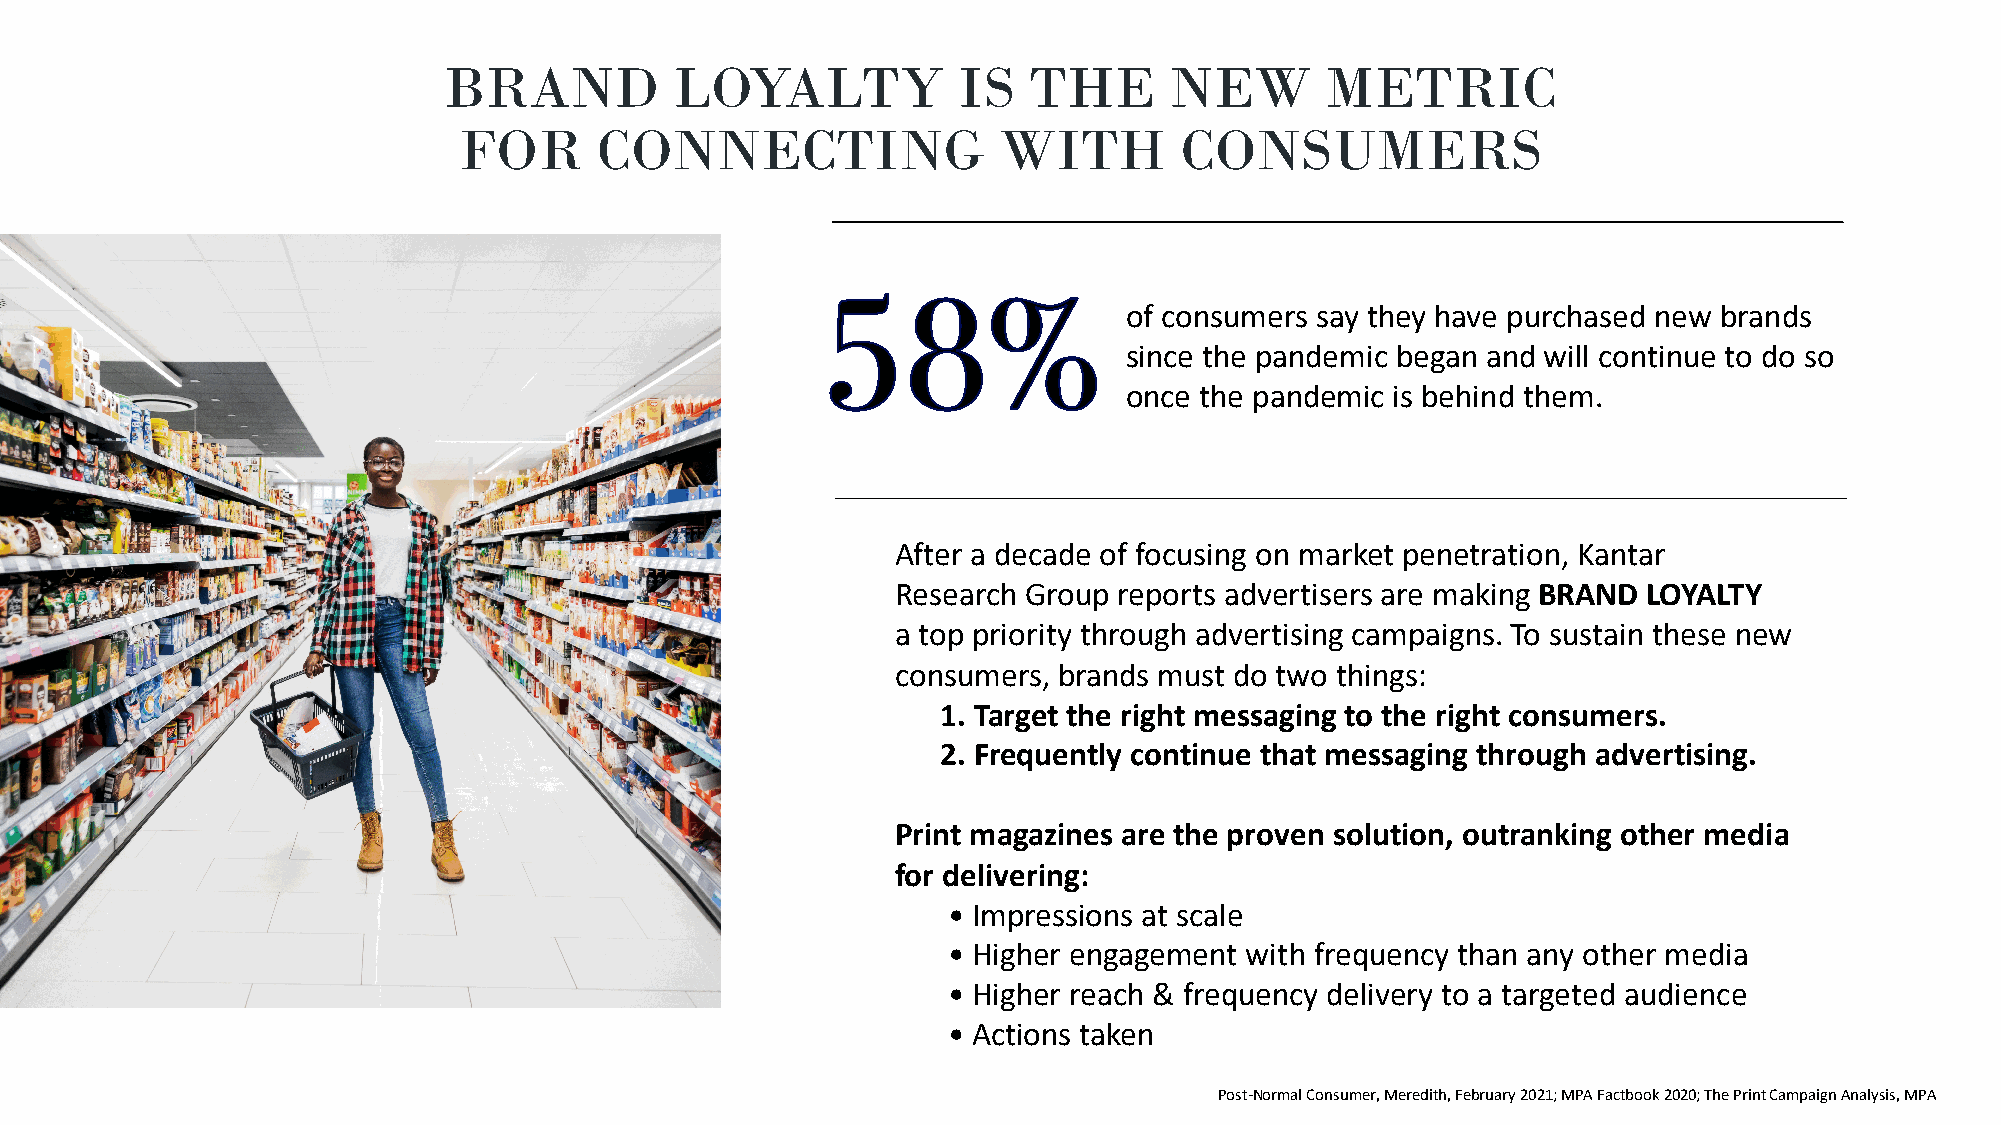
Brand      LBoRyaAltNyD  is LthOeY NAeLwT  YM eItSr iTc HfoEr CNoEnWne cMtinEgT wRiItCh Consumers
 FOR      CONNECTING                 WITH        CONSUMERS
 of consumers say they have purchased new brands
 since the pandemic began and will continue to do so
 once the pandemic is behind them.
 After a decade of focusing on market penetration, Kantar
 Research Group reports advertisers are making BRAND LOYALTY
 a top priority through advertising campaigns. To sustain these new
 consumers, brands must do two things:
 1. Target the right messaging to the right consumers.
 2. Frequently continue that messaging through advertising.
 Print magazines are the proven solution, outranking other media
 for delivering:
 • Impressions at scale
 • Higher engagement with frequency than any other media
 • Higher reach & frequency delivery to a targeted audience
 • Actions taken
 Post-Normal Consumer, Meredith, February 2021; MPA Factbook 2020; The Print Campaign Analysis, MPA